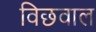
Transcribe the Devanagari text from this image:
विछवाल